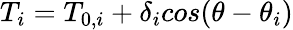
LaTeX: T_{i}=T_{0,i}+\delta_{i}cos(\theta-\theta_{i})